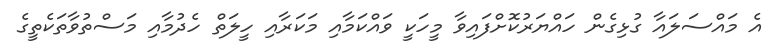
އެ މައްސަލައާ ގުޅިގެން ހައްޔަރުކޮށްފައިވާ މީހަކީ ވައްކަމާއި މަކަރާއި ހީލަތް ހެދުމާއި މަސްތުވާތަކެތީގެ